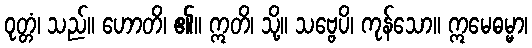
ဝုတ္တံ၊ သည်။ ဟောတိ၊ ၏။ ဣတိ၊ သို့။ သဗ္ဗေပိ၊ ကုန်သော။ ဣမေဓမ္မာ၊